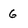
Character: 6